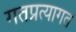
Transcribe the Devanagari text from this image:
गतप्रत्यागत